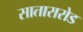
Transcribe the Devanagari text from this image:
सातारारोड